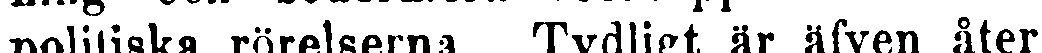
politiska rörelserna. Tydligt är äfven åter